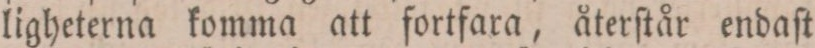
ligheterna komma att fortfara, återſtår endaſt